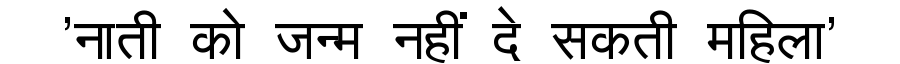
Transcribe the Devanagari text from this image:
'नाती को जन्म नहीं दे सकती महिला'